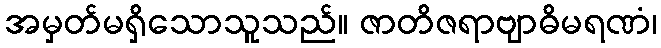
အမှတ်မရှိသောသူသည်။ ဇာတိဇရာဗျာဓိမရဏံ၊